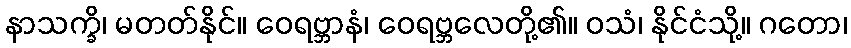
နာသက္ခိ၊ မတတ်နိုင်။ ဝေရဗ္ဘာနံ၊ ဝေရဗ္ဘလေတို့၏။ ဝသံ၊ နိုင်ငံသို့။ ဂတော၊